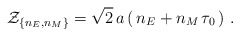
\begin{align*}{\cal Z}_{\{n_E,n_M\}}=\sqrt{2}\,a \left(\, n_E + n_M \,\tau_{0}\,\right)\,.\end{align*}